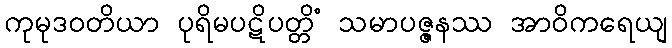
ကုမုဒဝတိယာ ပုရိမပဋိပတ္တိံ သမာပဇ္ဇနဿ အာဝိကရေယျ